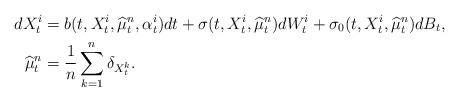
LaTeX: \begin{align*}dX^{i}_t &= b(t,X^{i}_t,\widehat{\mu}^n_t,\alpha^i_t)dt + \sigma(t,X^{i}_t,\widehat{\mu}^n_t)dW^i_t + \sigma_0(t,X^{i}_t,\widehat{\mu}^n_t)dB_t, \\\widehat{\mu}^n_t &= \frac{1}{n}\sum_{k=1}^n\delta_{X^{k}_t}.\end{align*}